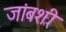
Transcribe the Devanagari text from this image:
जांबशी